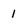
Character: 1